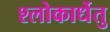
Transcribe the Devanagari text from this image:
श्लोकार्धेतु